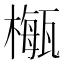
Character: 𣛏